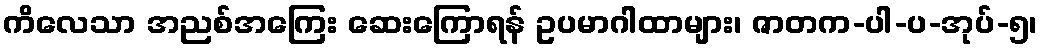
ကိလေသာ အညစ်အကြေး ဆေးကြောရန် ဥပမာဂါထာများ၊ ဇာတက-ပါ-ပ-အုပ်-၅၊